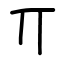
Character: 丌